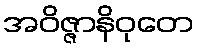
အဝိဇ္ဇာနိဝုတေ